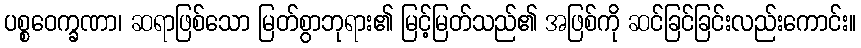
ပစ္စဝေက္ခဏာ၊ ဆရာဖြစ်သော မြတ်စွာဘုရား၏ မြင့်မြတ်သည်၏ အဖြစ်ကို ဆင်ခြင်ခြင်းလည်းကောင်း။